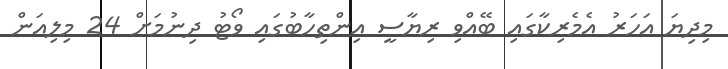
މިދިޔަ އަހަރު އެމެރިކާގައި ބޭއްވި ރިޔާސީ އިންތިހާބުގައި ވޯޓު ދިނުމަށް 24 މިލިއަން